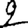
Digit: 2